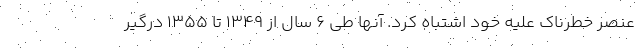
عنصر خطرناک علیه خود اشتباه کرد. آنها طی ۶ سال از ۱۳۴۹ تا ۱۳۵۵ درگیر